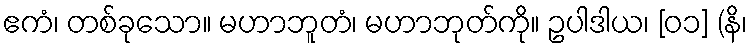
ဧကံ၊ တစ်ခုသော။ မဟာဘူတံ၊ မဟာဘုတ်ကို။ ဥပါဒါယ၊ [၀၁] (နိ၊